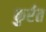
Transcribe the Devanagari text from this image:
कुर्रत